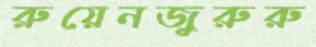
রুয়েনজুরুরু